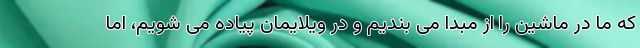
که ما در ماشین را از مبدا می بندیم و در ویلایمان پیاده می شویم، اما